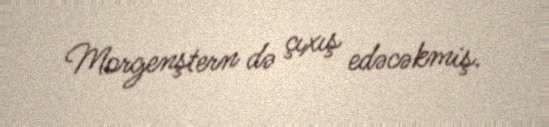
Morgenştern də çıxış edəcəkmiş.